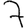
Digit: 7